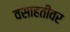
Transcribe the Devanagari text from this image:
वसाहतीवर